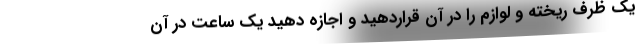
یک ظرف ریخته و لوازم را در آن قراردهید و اجازه دهید یک ساعت در آن